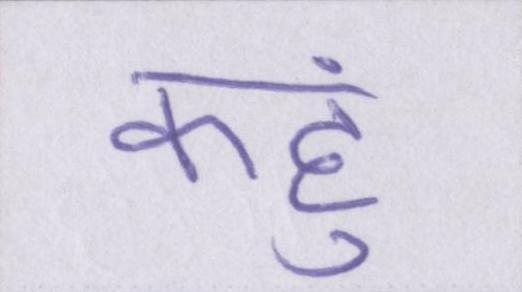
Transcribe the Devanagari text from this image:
कहुं